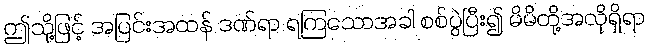
ဤသို့ဖြင့် အပြင်းအထန် ဒဏ်ရာ ရကြသောအခါ စစ်ပွဲပြီး၍ မိမိတို့အလိုရှိရာ